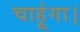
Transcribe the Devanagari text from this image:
चाहूंगा।